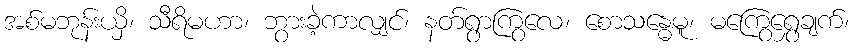
အစ်မဘုန်းယှိ၊ သီရိမဟာ၊ ဘွားခဲ့ကာလျှင်၊ နတ်ရွာကြွလေ၊ စောသန္ဓေမူ၊ မကြွေရွှေချက်၊